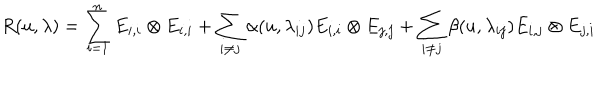
LaTeX: R ( u , \lambda ) = \sum _ { i = 1 } ^ { n } E _ { i , i } \otimes E _ { i , i } + \sum _ { i \neq j } \alpha ( u , \lambda _ { i j } ) E _ { i , i } \otimes E _ { j , j } + \sum _ { i \neq j } \beta ( u , \lambda _ { i j } ) E _ { i , j } \otimes E _ { j , i }